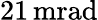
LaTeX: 21\, \mathrm{mrad}